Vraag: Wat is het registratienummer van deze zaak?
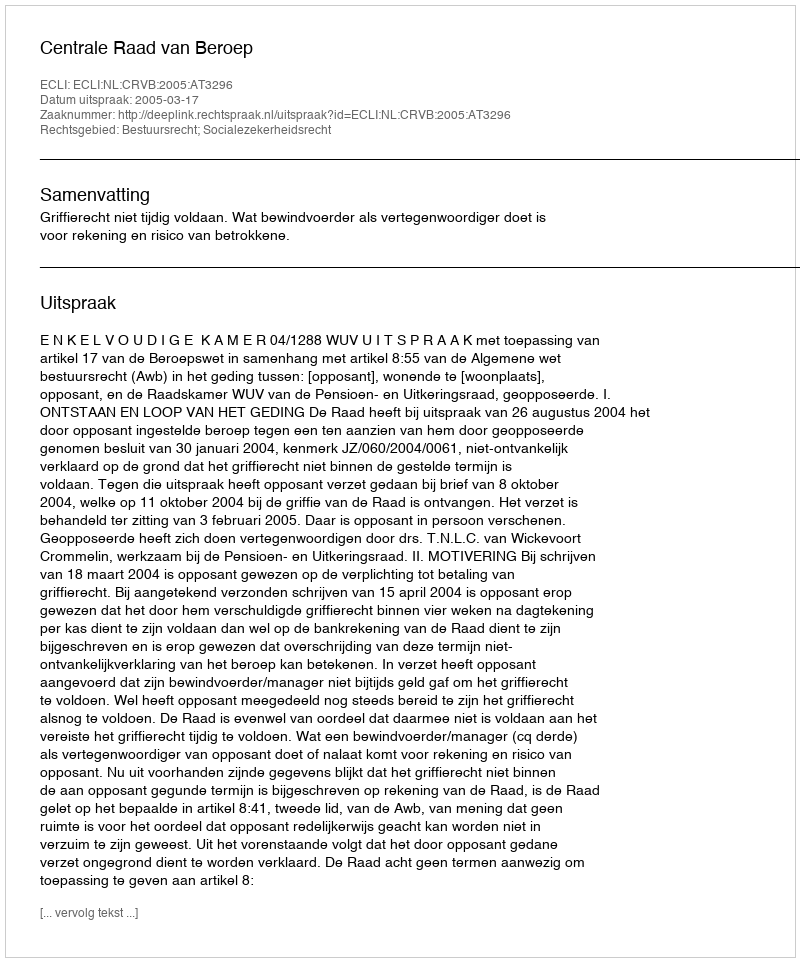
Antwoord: http://deeplink.rechtspraak.nl/uitspraak?id=ECLI:NL:CRVB:2005:AT3296